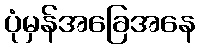
ပုံမှန်အခြေအနေ